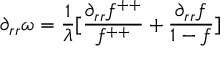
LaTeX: \partial _ { r r } \omega = \frac { 1 } { \lambda } [ \frac { \partial _ { r r } f ^ { + + } } { f ^ { + + } } + \frac { \partial _ { r r } f } { 1 - f } ]